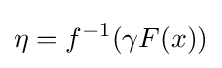
\eta =f^{-1}(\gamma F(x))